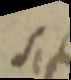
sit